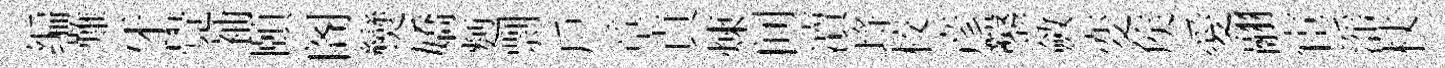
编難牙覺袖頤阁𤓖嬌麪剽戶章貞煉间凟埓校彦鑿斂変矦愛翮宦滛杖